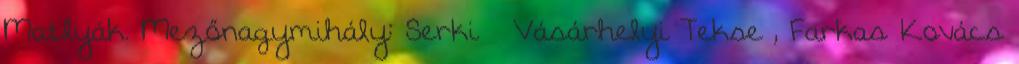
Matlyák. Mezőnagymihály: Serki – Vásárhelyi Tekse , Farkas Kovács